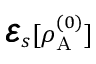
\pmb { \mathcal { E } } _ { s } [ \rho _ { \mathrm { A } } ^ { ( 0 ) } ]